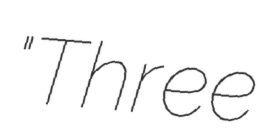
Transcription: "Three